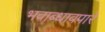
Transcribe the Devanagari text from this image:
भवाब्धावपारे